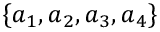
\{ a _ { 1 } , a _ { 2 } , a _ { 3 } , a _ { 4 } \}